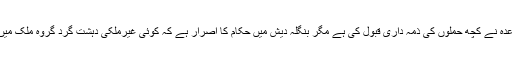
داعش اور القاعدہ نے کچھ حملوں کی ذمہ داری قبول کی ہے مگر بنگلہ دیش میں حکام کا اصرار ہے کہ کوئی غیرملکی دہشت گرد گروہ ملک میں سرگرم نہیں۔